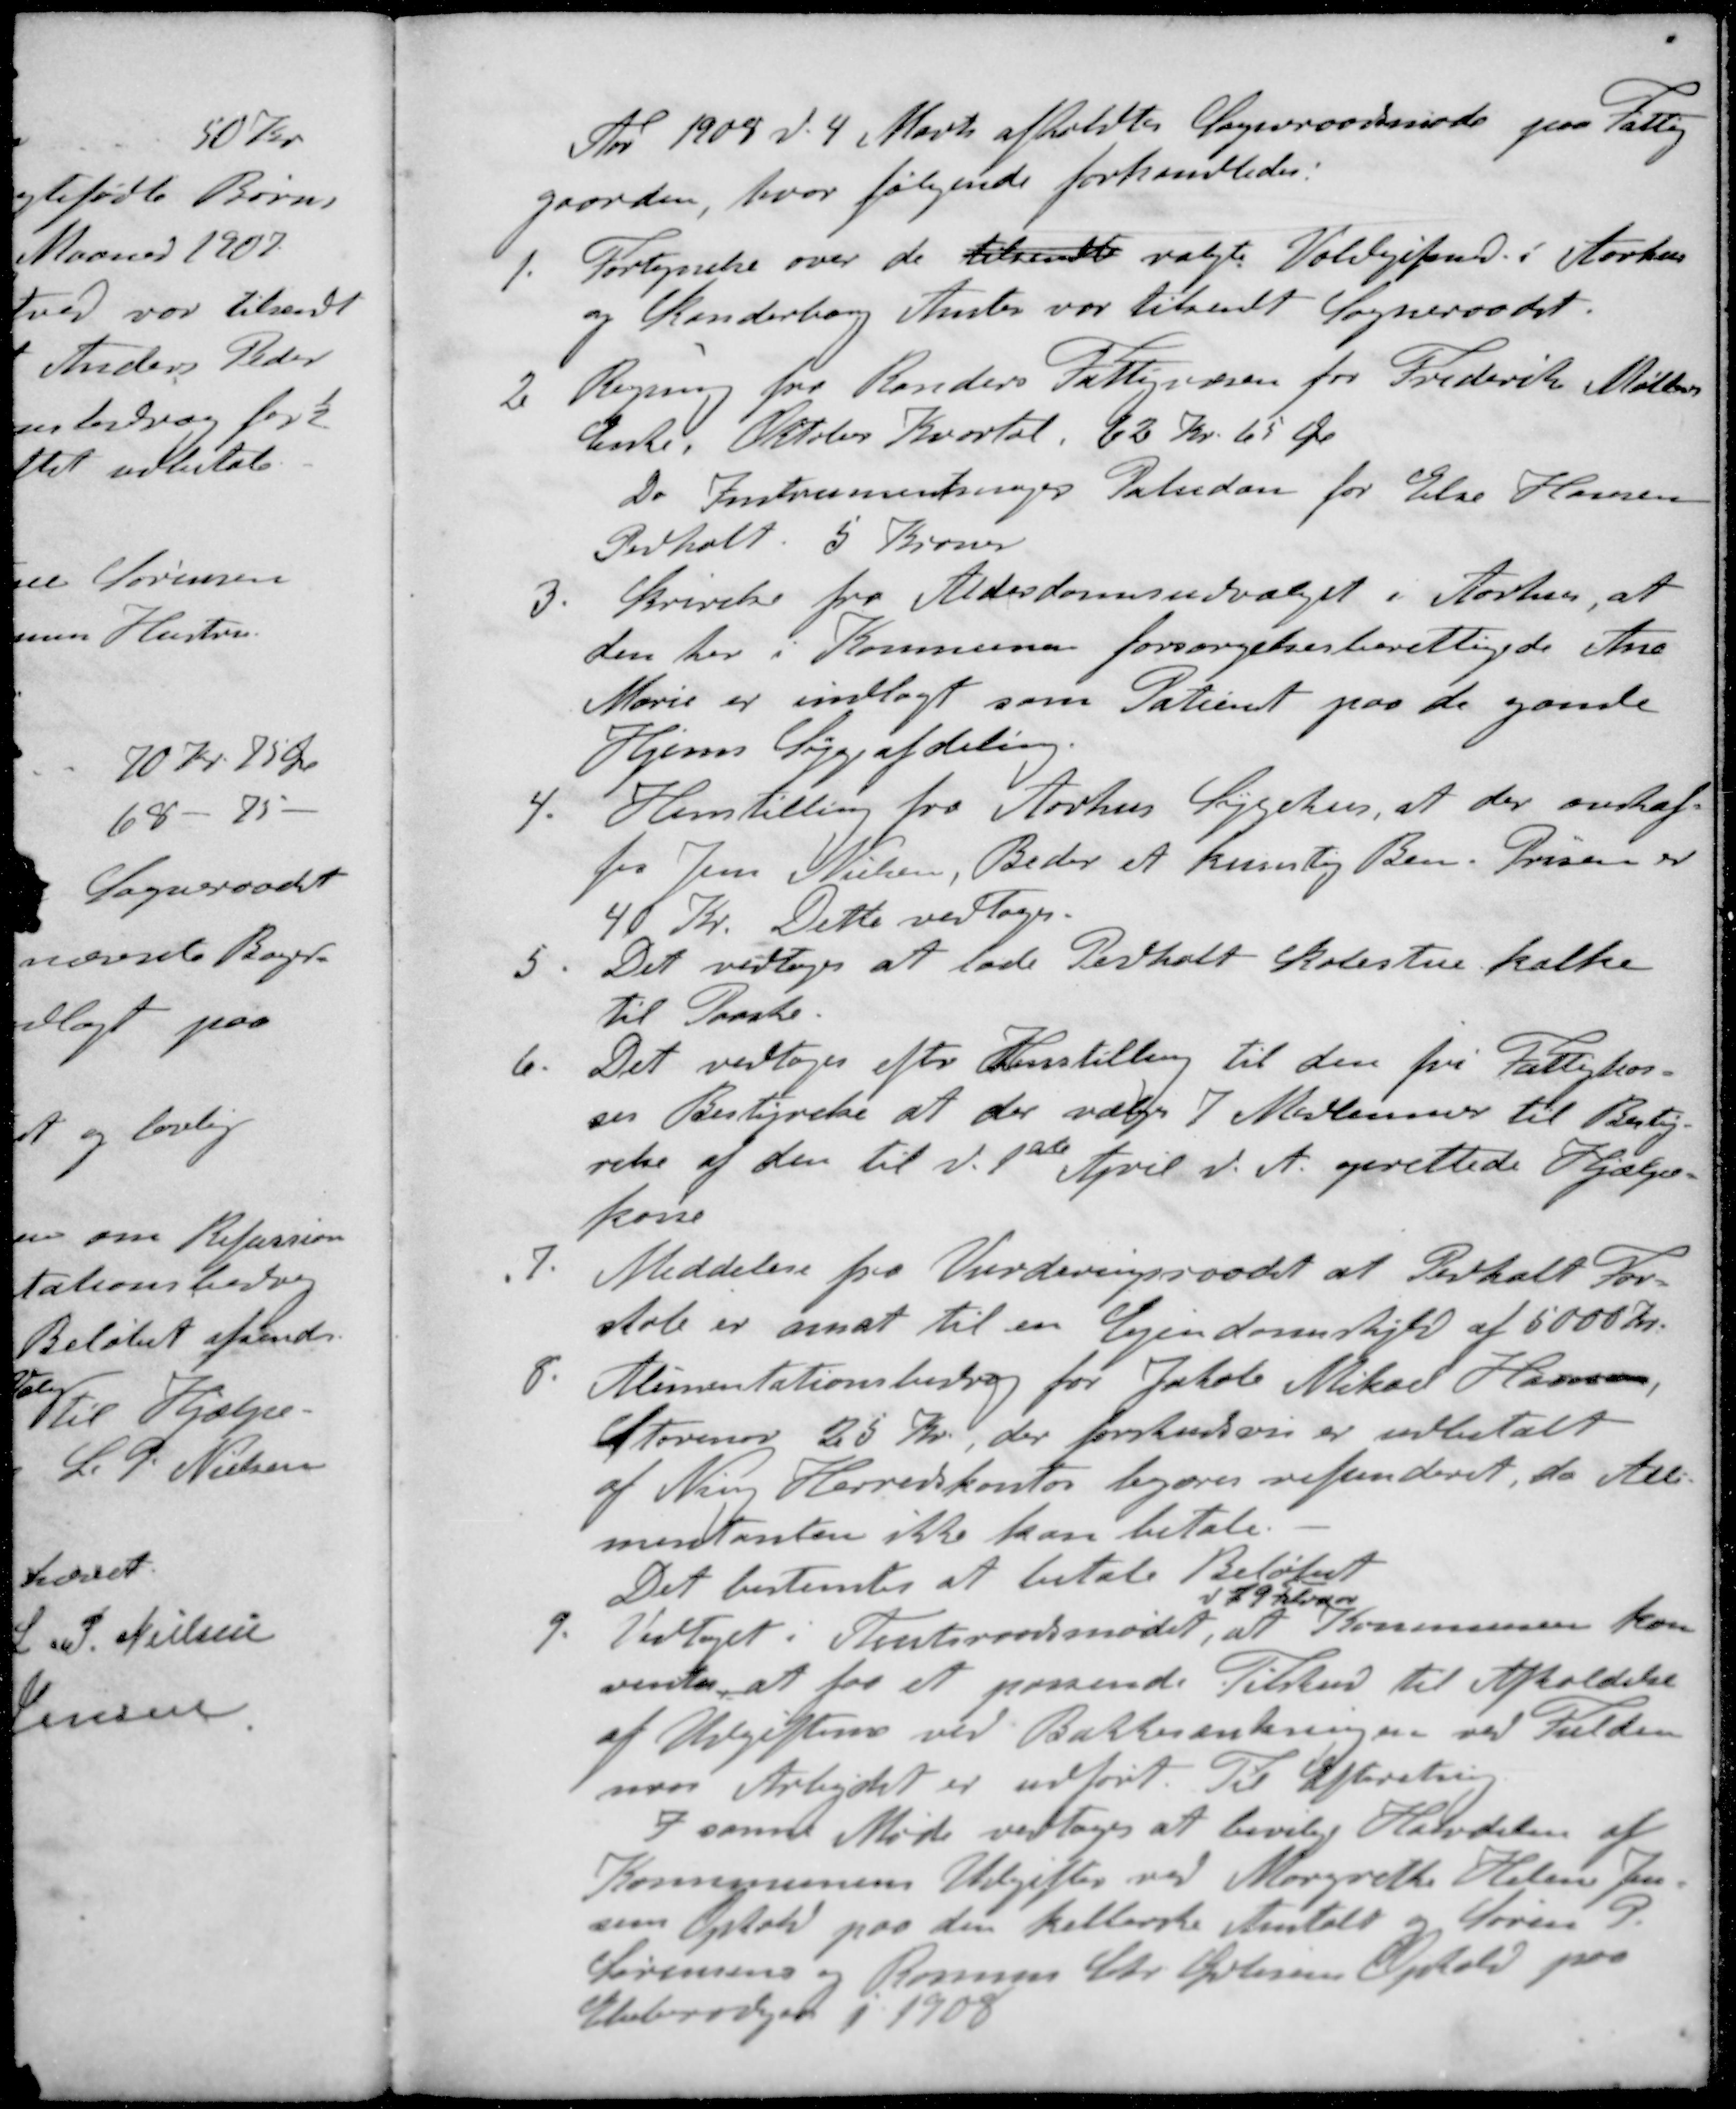
Transskription:
Aar 1908 d. 4 Marts afholdtes Sogneraadsmøde paa Fattig-
gaarden, hvor følgende forhandledes:
1. Fortegnelse over de tilsendte valgte Voldgiftsmdd. i Aarhus
og Skanderborg Amter var tilsendt Sogneraadet.
2. Regning fra Randers Fattigvæsen for Frederik Møllers
Enke. Oktober Kvartal. 62 Kr 65 Øre
Do Instrumentmager Paludan for Else Hansen
Pedholt 5 Kroner
3. Skrivelse fra Alderdomsudvalget i Aarhus, at
den her i Kommunen forsørgelsesberettigede Ane
Marie er indlagt som Patienet paa de gamle
Hjems Sygeafdeling.
4. Henstilling fra Aarhus Sygehus, at der anskaf-
fes Jens Nielsen, Beder et kunstig Ben. Prisen er
40 Kr. Dette vedtoges.
5. Det vedtoges at lade Pedholt Skolestue kalke
til Paaske.
6. Det vedtoges efter Henstilling til den fri Fattigkas-
ses Bestyrelse at der vælges 7 Medlemmer til Besty-
relse af den til d. 1ste April d. A. oprettede Hjælpe-
kasse
7. Meddelelse fra Vurderingsraadet at Pedholt For-
skole er ansat til en Ejendomsskyld af 5000 Kr.
8. Alimentationsbidrag for Jakob Mikael Hansen,
Storenor 25 Kr., der forskudsvis er udbetalt
af Ning Herredskontor begæres refunderet, da Alli-
mentanten ikke kan betale
Det bestemtes at betale Beløbet
d 29 Februar
9. Vedtoget i Amtsraadsmødet, at Kommunen kan
ventes at faa et passende Tilskud til Afholdelse
af Udgifterne ved Bakkesænkningen ved Fulden
naar Arbejdet er udført. Til Efterretning.
I samt Møde vedtoges at bevilige Halvdelen af
Kommunens Udgifter ved Margrethe Helene Jen-
sens Ophold paa den kellerske Anstalt og Søren P
Sørensen og Rasmus Chr. Petersens Ophold paa
Ebberødgaar i 1908